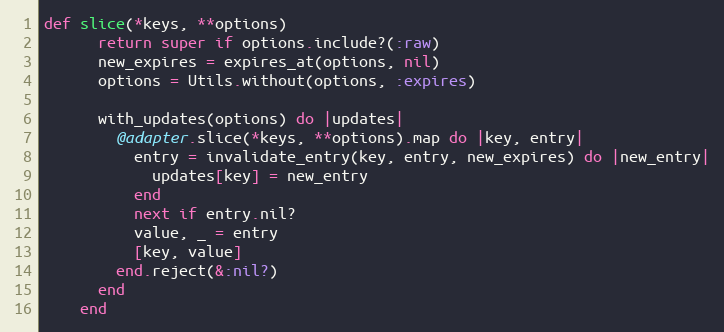
Language: Ruby
def slice(*keys, **options)
      return super if options.include?(:raw)
      new_expires = expires_at(options, nil)
      options = Utils.without(options, :expires)

      with_updates(options) do |updates|
        @adapter.slice(*keys, **options).map do |key, entry|
          entry = invalidate_entry(key, entry, new_expires) do |new_entry|
            updates[key] = new_entry
          end
          next if entry.nil?
          value, _ = entry
          [key, value]
        end.reject(&:nil?)
      end
    end